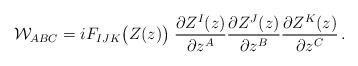
LaTeX: \begin{align*}{\cal W}_{ABC} =i F_{IJK}\big(Z(z)\big) \;{\partial Z^I(z)\over \partial z^A} {\partial Z^J(z)\over \partial z^B}{\partial Z^K(z)\over \partial z^C} \,. \end{align*}